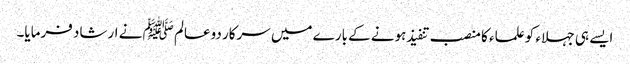
ایسے ہی جہلاء کو علماء کا منصب تنفیذ ہونے کے بارے میں سرکار دوعالم ﷺ نے ارشاد فرمایا۔